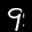
Label: 9